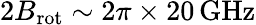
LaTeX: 2B_{\mathrm{rot}}\sim 2\pi\times 20\, \mathrm{GHz}